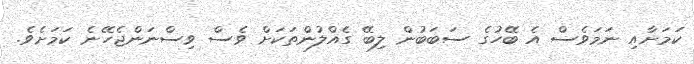
ކަމަށާއި ނަމަވެސް އެ ބޭހުގެ ސަބަބުން ލިބޭ ގެއްލުންތަކަށް ވެސް ވިސްނަންޖެހޭނެ ކަމަށެވެ.